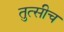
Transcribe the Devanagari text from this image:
तुत्‍सीच